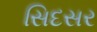
સિદસર